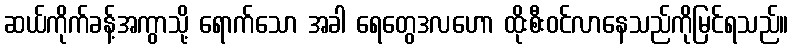
ဆယ်ကိုက်ခန့်အကွာသို့ ရောက်သော အခါ ရေတွေဒလဟော ထိုးစီးဝင်လာနေသည်ကိုမြင်ရသည်။